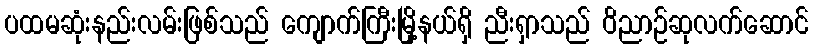
ပထမဆုံးနည်းလမ်းဖြစ်သည် ကျောက်ကြီးမြို့နယ်ရှိ ညီးရှာသည် ဝိညာဉ်ဆုလက်ဆောင်